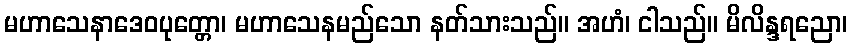
မဟာသေနာဒေဝပုတ္တော၊ မဟာသေနမည်သော နတ်သားသည်။ အဟံ၊ ငါသည်။ မိလိန္ဒရညော၊